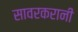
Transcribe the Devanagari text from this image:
सावरकरानी